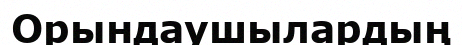
Орындаушылардың